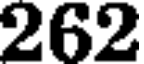
262